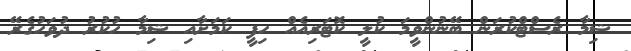
ޝިމާ ރެސްޓްކުރަން ބޭނުންވީމަ ކުލީ ކޮޓަރިއެއް ހިފީ ކަމަށާއި ޝިމާ ހުކުރު ދުވަހުގެރޭ